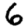
Digit: 6